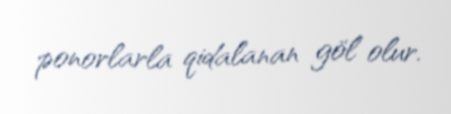
ponorlarla qidalanan göl olur.